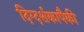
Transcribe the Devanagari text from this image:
दिग्दर्शकापैकी